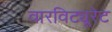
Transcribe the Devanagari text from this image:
वारविट्यूरेट